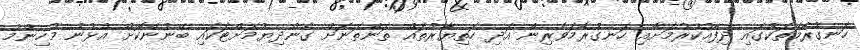
ހަނގުރާމަތަކުގައި ދިފާއުކުރުމަށާއި ހަނގުރާމަވެރިން އަދި ހަތިޔާރުތައް ތަންތަނަށް ގެންދިޔުމަށްޓަކައި ބޭނުންކޮށް އުޅުނު މުހިންމު